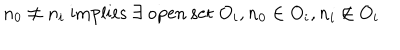
n _ { 0 } \neq n _ { i } \; \mathrm { i m p l i e s } \; \exists \; \mathrm { o p e n ~ s e t } \; O _ { i } , n _ { 0 } \in O _ { i } , n _ { i } \notin O _ { i }